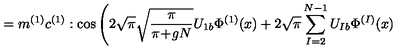
= m ^ { ( 1 ) } c ^ { ( 1 ) } : \cos \Bigg ( 2 \sqrt { \pi } \sqrt { \frac { \pi } { \pi \! + \! g N } } U _ { 1 b } \Phi ^ { ( 1 ) } ( x ) + 2 \sqrt { \pi } \sum _ { I = 2 } ^ { N - 1 } U _ { I b } \Phi ^ { ( I ) } ( x )